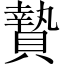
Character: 贄